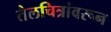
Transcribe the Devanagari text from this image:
तैलचित्रांवरून